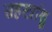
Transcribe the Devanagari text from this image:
सहस्त्रांशु